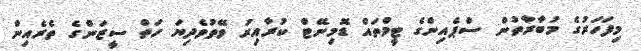
މިފަހަރުގެ މުބާރާތުން ސްޕެއިންގެ ޓީމްތައް ޑޮމިނޭޓް ކުރާއިރު ވޭތުވެދިޔަ ހަތް ސީޒަންގެ ތެރެއިން